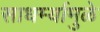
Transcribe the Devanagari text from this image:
साधर्म्यामुळे